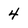
Character: 4